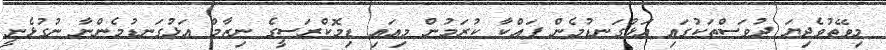
މިވޭތުވެދިޔަ ދުވަސްތަކުގައި އަޅުގަނޑުމެން ފައްކާ ކުރަމުން މިއައި ޑިމޮކްރަސީގެ ނިޒާމް އަޅުގަނޑުމެންނާ ނުގުޅެނީ